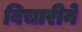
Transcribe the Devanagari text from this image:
बिचारीने